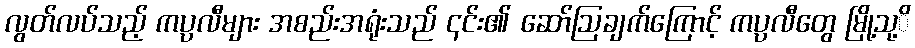
လွတ်လပ်သည့် ကပ္ပလီများ အစည်းအရုံးသည် ၎င်း၏ ဆော်ဩချက်ကြောင့် ကပ္ပလီတွေ မြို့သု့ိ